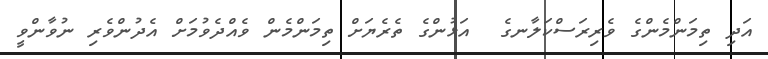
އަދި ތިމަންމެންގެ ވެރިރަސްކަލާނގެ  އަޅުންގެ ތެރެޔަށް ތިމަންމެން ވެއްދެވުމަށް އެދުންވެރި ނުވާންވީ